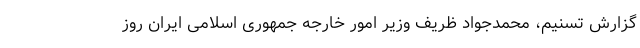
گزارش تسنیم، محمدجواد ظریف وزیر امور خارجه جمهوری اسلامی ایران روز